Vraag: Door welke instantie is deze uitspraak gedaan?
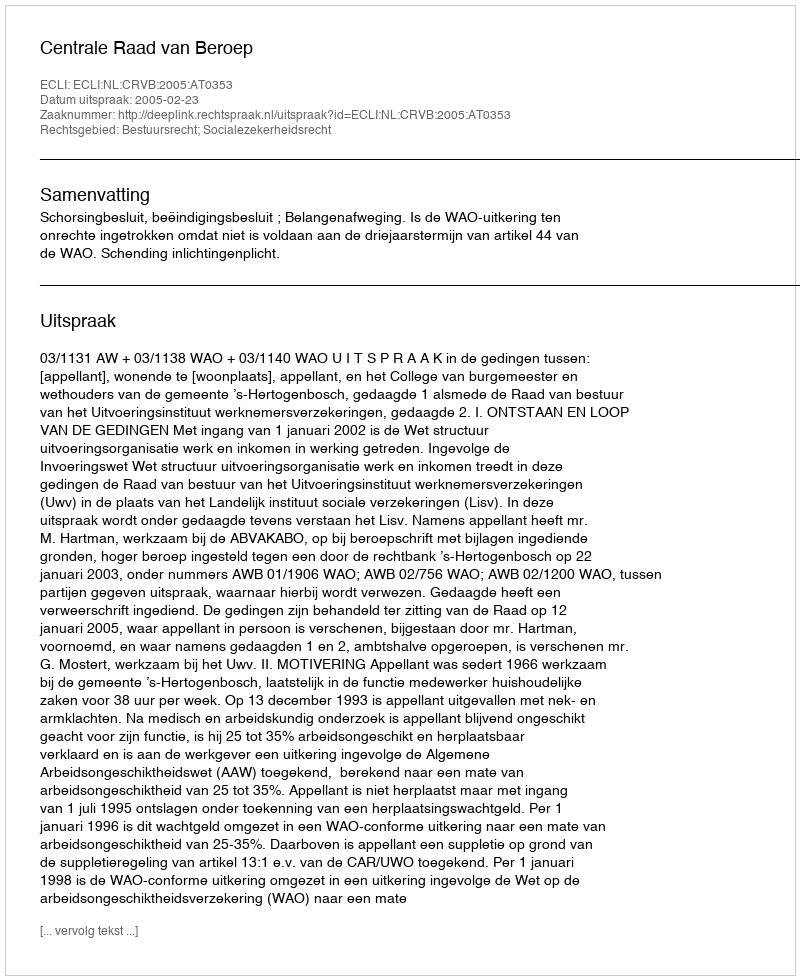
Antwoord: Centrale Raad van Beroep